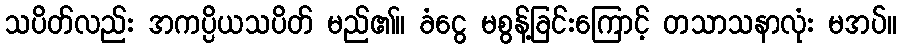
သပိတ်လည်း အကပ္ပိယသပိတ် မည်၏။ ခံငွေ မစွန့်ခြင်းကြောင့် တသာသနာလုံး မအပ်။